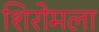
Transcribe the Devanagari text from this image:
शिरोमला